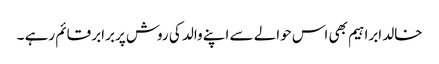
خالد ابراہیم بھی اس حوالے سے اپنے والد کی روش پربرابر قائم رہے ۔